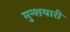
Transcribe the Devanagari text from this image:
मुन्शयारी